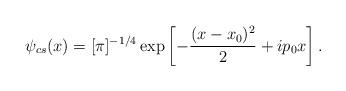
LaTeX: \begin{align*}\psi_{cs}(x) = [\pi ]^{-1/4}\exp\left[-\frac{(x-x_0)^2}{2}+ip_0x\right]. \end{align*}